Annual report on the Civil Veterinary Department, Burma (including the Insein Veterinary School) - 1932-1941
Year: 1932
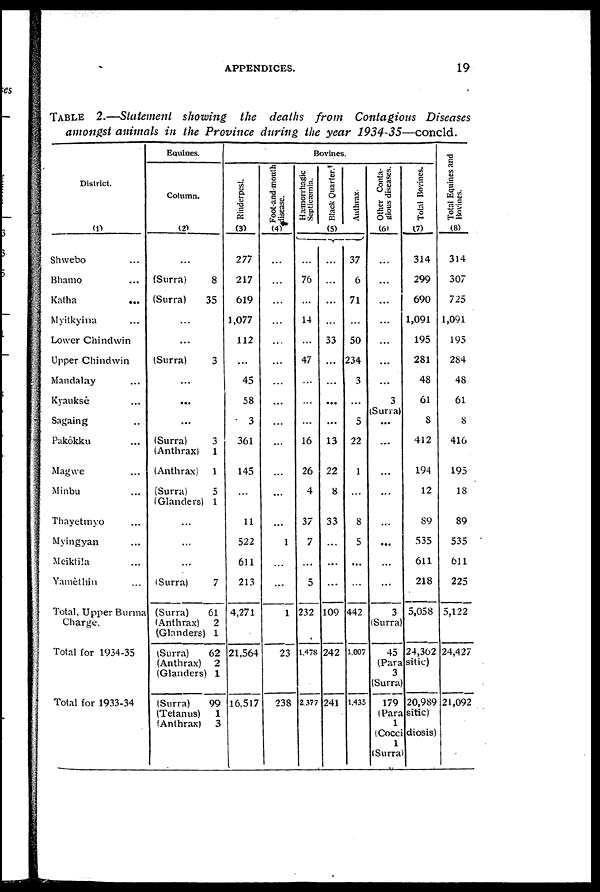
APPENDICES.
19
TABLE.—Statement showing the deaths from Contagious Diseases
amongst animals in the Province during the year 1934-35—concld.
District.
(1)
Shwebo ...
Bhamo ...
Katha ...
Myitkyina ...
Lower Chindwin
Upper Chindwin
Mandalay ...
Kyauksè ...
Sagaing ...
Pakôkku ...
Magwe ...
Minbu ...
Thayetmyo ...
Myingyan ...
Meiktila ...
Yamèthin ...
Total, Upper Burma
Charge.
Total for 1934-35
Total for 1933-34
Equines.
Column.
(2)
...
(Surra)
(Surra)
...
...
(Surra)
...
(Surra)
(Anthrax)
(Anthrax;
(Surra)
(Glanders)
...
...
...
(Surra)
(Surra)
(Anthrax)
(Glanders)
(Surra)
(Anthrax)
(Glanders)
(Surra)
(Tetanus)
(Anthrax)
8
35
3
3
1
1
5
1
7
61
2
1
62
2
1
99
1
3
Bovines
Rinderpest.
(3)
277
217
619
1,077
112
...
45
58
3
361
145
...
11
522
611
213
4,271
21,564
16,517
Foot-and-mouth
disease.
(4)
...
...
...
...
...
...
...
...
...
...
...
...
...
1
...
...
1
23
238
Hæmonhagic
Septicæmia.
Black Quarter.†
Anthrax.
(5)
...
76
...
14
...
47
...
...
...
16
26
4
37
7
...
5
232
1,478
2,377
...
...
...
...
33
...
...
...
...
13
22
8
33
...
...
...
109
242
241
37
6
71
...
50
234
3
...
5
22
1
...
8
5
...
...
442
1,007
1,435
Other Conta-
gious diseases.
(6)
...
...
...
...
...
...
...
3
(Surra)
...
...
...
...
...
...
...
...
3
(Surra)
45
Total Bovines.
(7)
314
299
690
1,091
195
281
48
61
8
412
194
12
89
535
611
218
5,058
24,302
(Parasitic)
3
(Surra
179 20,989
(Parasitic)
1
(Coccidiosis)
1
(Surra)
Total Equines and
Bovines.
(8)
314
307
725
1,091
195
284
48
61
8
416
195
18
89
535
611
225
5,122
24,427
21,092